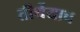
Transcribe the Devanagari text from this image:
तीर्थेयाच